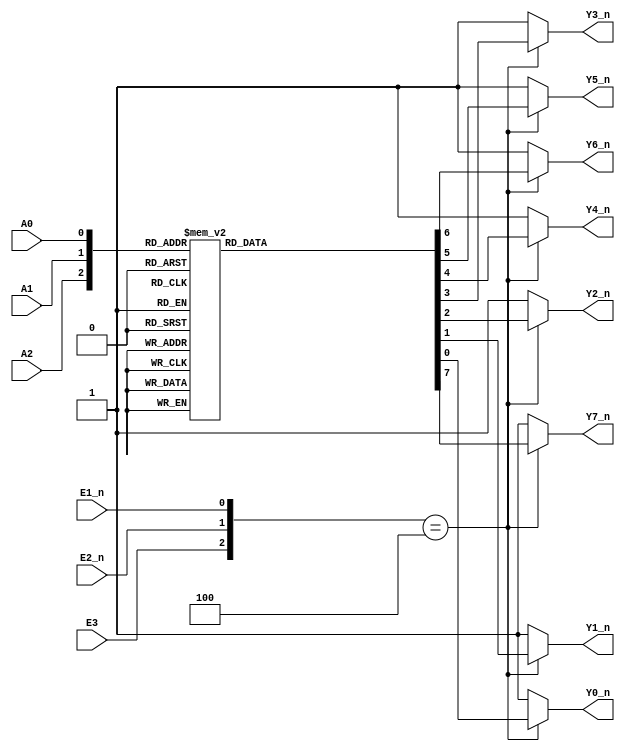
`timescale 1ns/1ns

module decoder_38(
   input             E1_n   ,
   input             E2_n   ,
   input             E3     ,
   input             A0     ,
   input             A1     ,
   input             A2     ,
   
   output reg       Y0_n   ,  
   output reg       Y1_n   , 
   output reg       Y2_n   , 
   output reg       Y3_n   , 
   output reg       Y4_n   , 
   output reg       Y5_n   , 
   output reg       Y6_n   , 
   output reg       Y7_n   
);


always @(*)begin
    if({E3,E2_n,E1_n} == 3'b100)begin
        case ({A2,A1,A0})
            3'b000: {Y7_n, Y6_n, Y5_n, Y4_n, Y3_n, Y2_n, Y1_n, Y0_n} = 8'b11111110;
            3'b001: {Y7_n, Y6_n, Y5_n, Y4_n, Y3_n, Y2_n, Y1_n, Y0_n} = 8'b11111101;
            3'b010: {Y7_n, Y6_n, Y5_n, Y4_n, Y3_n, Y2_n, Y1_n, Y0_n} = 8'b11111011;
            3'b011: {Y7_n, Y6_n, Y5_n, Y4_n, Y3_n, Y2_n, Y1_n, Y0_n} = 8'b11110111;
            3'b100: {Y7_n, Y6_n, Y5_n, Y4_n, Y3_n, Y2_n, Y1_n, Y0_n} = 8'b11101111;
            3'b101: {Y7_n, Y6_n, Y5_n, Y4_n, Y3_n, Y2_n, Y1_n, Y0_n} = 8'b11011111;
            3'b110: {Y7_n, Y6_n, Y5_n, Y4_n, Y3_n, Y2_n, Y1_n, Y0_n} = 8'b10111111;
            3'b111: {Y7_n, Y6_n, Y5_n, Y4_n, Y3_n, Y2_n, Y1_n, Y0_n} = 8'b01111111;
            default: {Y7_n, Y6_n, Y5_n, Y4_n, Y3_n, Y2_n, Y1_n, Y0_n} = 8'b11111111;
        endcase
    end
    else {Y7_n, Y6_n, Y5_n, Y4_n, Y3_n, Y2_n, Y1_n, Y0_n} = 8'b11111111;
end
endmodule